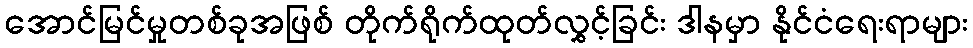
အောင်မြင်မှုတစ်ခုအဖြစ် တိုက်ရိုက်ထုတ်လွှင့်ခြင်း ဒါနမှာ နိုင်ငံရေးရာများ